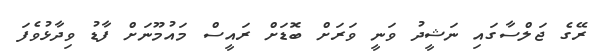
ރޭގެ ޖަލްސާގައި ނަޝީދު ވަނީ ވަރަށް ބޮޑަށް ރައީސް މައުމޫނަށް ފާޑު ވިދާޅުވެފަ